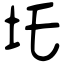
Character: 圫